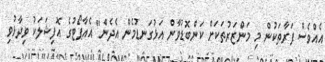
އެއްވެސް ފަރާތަކުން މި މަންޒަރުތަކަށް ކަންބޮޑުވާން އަޅުގަނޑުމެން އެެދެން" އެއާޕޯޓުގެ އޮފިޝަލަކު ވިދާޅުވި